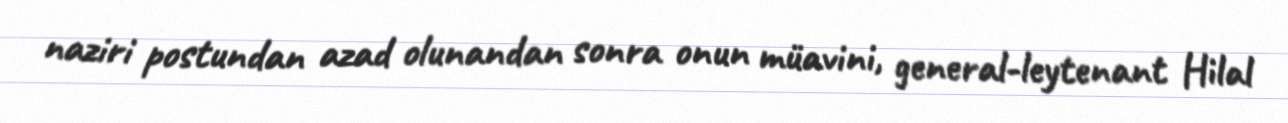
naziri postundan azad olunandan sonra onun müavini, general-leytenant Hilal